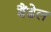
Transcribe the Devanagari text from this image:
बैंडेल